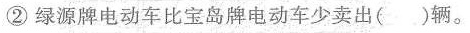
②绿源牌电动车比宝岛牌电动车少卖出()辆。